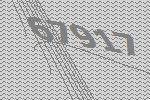
67917